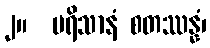
၂။  ပရိသာနံ စတဿန္နံ၊